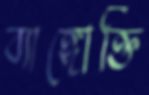
ব্যাঙ্গোক্তি